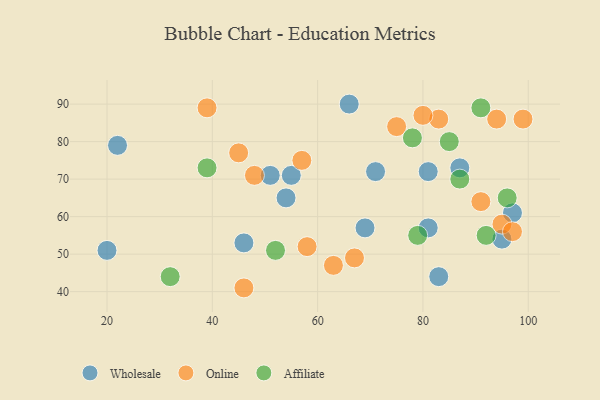
{"axis": {"x": "GDP", "y": "Life Expectancy"}, "legend": ["Affiliate", "Online", "Wholesale"], "data": [{"x": "81", "y": 72, "type": "Wholesale"}, {"x": "87", "y": 73, "type": "Wholesale"}, {"x": "54", "y": 65, "type": "Wholesale"}, {"x": "69", "y": 57, "type": "Wholesale"}, {"x": "83", "y": 44, "type": "Wholesale"}, {"x": "55", "y": 71, "type": "Wholesale"}, {"x": "22", "y": 79, "type": "Wholesale"}, {"x": "81", "y": 57, "type": "Wholesale"}, {"x": "97", "y": 61, "type": "Wholesale"}, {"x": "51", "y": 71, "type": "Wholesale"}, {"x": "46", "y": 53, "type": "Wholesale"}, {"x": "20", "y": 51, "type": "Wholesale"}, {"x": "95", "y": 54, "type": "Wholesale"}, {"x": "71", "y": 72, "type": "Wholesale"}, {"x": "66", "y": 90, "type": "Wholesale"}, {"x": "67", "y": 49, "type": "Online"}, {"x": "39", "y": 89, "type": "Online"}, {"x": "45", "y": 77, "type": "Online"}, {"x": "94", "y": 86, "type": "Online"}, {"x": "95", "y": 58, "type": "Online"}, {"x": "48", "y": 71, "type": "Online"}, {"x": "58", "y": 52, "type": "Online"}, {"x": "99", "y": 86, "type": "Online"}, {"x": "83", "y": 86, "type": "Online"}, {"x": "80", "y": 87, "type": "Online"}, {"x": "46", "y": 41, "type": "Online"}, {"x": "97", "y": 56, "type": "Online"}, {"x": "63", "y": 47, "type": "Online"}, {"x": "57", "y": 75, "type": "Online"}, {"x": "75", "y": 84, "type": "Online"}, {"x": "91", "y": 64, "type": "Online"}, {"x": "32", "y": 44, "type": "Affiliate"}, {"x": "79", "y": 55, "type": "Affiliate"}, {"x": "91", "y": 89, "type": "Affiliate"}, {"x": "39", "y": 73, "type": "Affiliate"}, {"x": "52", "y": 51, "type": "Affiliate"}, {"x": "85", "y": 80, "type": "Affiliate"}, {"x": "78", "y": 81, "type": "Affiliate"}, {"x": "96", "y": 65, "type": "Affiliate"}, {"x": "92", "y": 55, "type": "Affiliate"}, {"x": "87", "y": 70, "type": "Affiliate"}]}